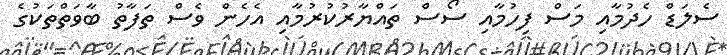
ސެލަޑް ހެދުމާއި މަސް ފިހުމާއި ސޯސް ތައްޔާރުކުރުމާއި އެހެން ވެސް ތަފާތު ބާވަތްތަކުގެ